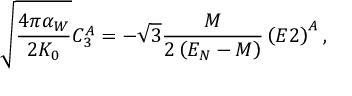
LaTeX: \sqrt { \frac { 4 \pi \alpha _ { W } } { 2 K _ { 0 } } } C _ { 3 } ^ { A } = - \sqrt { 3 } \frac M { 2 \left( E _ { N } - M \right) } \left( E 2 \right) ^ { A } ,